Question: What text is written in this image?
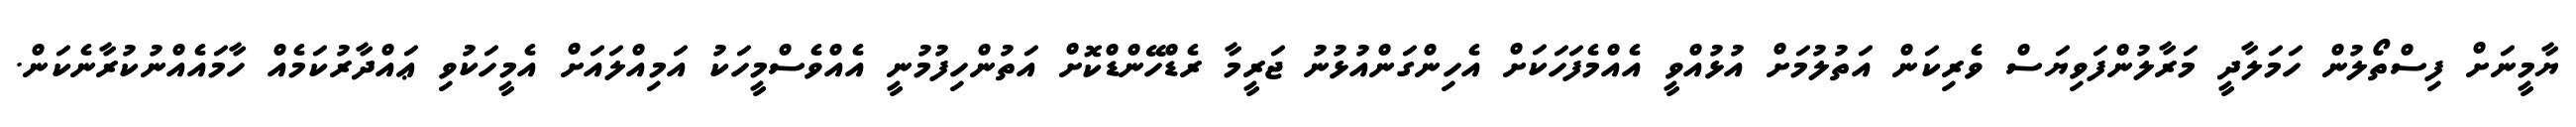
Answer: ޔާމީނަށް ފިސްތޯލުން ހަމަލާދީ މަރާލުންފަވިޔަސް ވެރިކަން އަތުލުމަށް އުޅުއްވީ އެއްމެފަހަކަށް އެހިންގަންއުޅުނު ޖަރީމާ ރެޑްހޭންޑްކޮށް އަތުންހިފުމުނީ އެއްވެސްމީހަކު އަމިއްލައަށް އެމީހަކުވި ޢައްދާރުކަމެއް ހާމައެއްނުކުރާނެކަން.